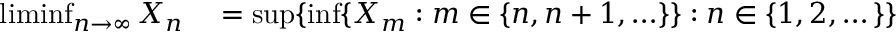
\begin{array} { r l } { \operatorname* { l i m i n f } _ { n \to \infty } X _ { n } } & { { } = \operatorname* { s u p } \{ \operatorname* { i n f } \{ X _ { m } : m \in \{ n , n + 1 , \ldots \} \} : n \in \{ 1 , 2 , \dots \} \} } \end{array}